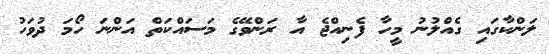
ލަންކާގައި ގެއްލުނު މީހާ ފެނިއްޖެ އާ ރަންވޭގެ މަސައްކަތް އަންނަ ހޯމަ ދުވަހު